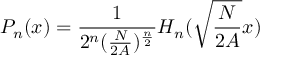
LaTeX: P _ { n } ( x ) = \frac { 1 } { 2 ^ { n } ( \frac { N } { 2 A } ) ^ { \frac { n } { 2 } } } H _ { n } ( \sqrt { \frac { N } { 2 A } } x )